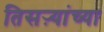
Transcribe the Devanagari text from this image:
तिसऱ्यांच्या